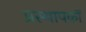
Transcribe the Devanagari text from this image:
प्रस्थापकों